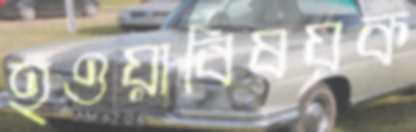
হওয়াবিষয়ক